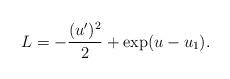
LaTeX: \begin{align*}L=-\frac{(u')^2}{2}+\exp(u-u_1).\end{align*}